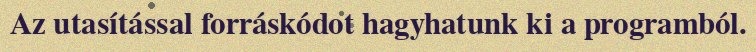
Az utasítással forráskódot hagyhatunk ki a programból.